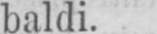
baldi.